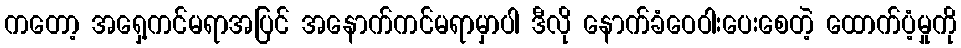
ကတော့ အရှေ့ကင်မရာအပြင် အနောက်ကင်မရာမှာပါ ဒီလို နောက်ခံဝေဝါးပေးစေတဲ့ ထောက်ပံ့မှုကို